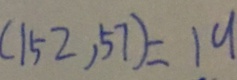
( 1 5 2 , 5 7 ) = 1 9